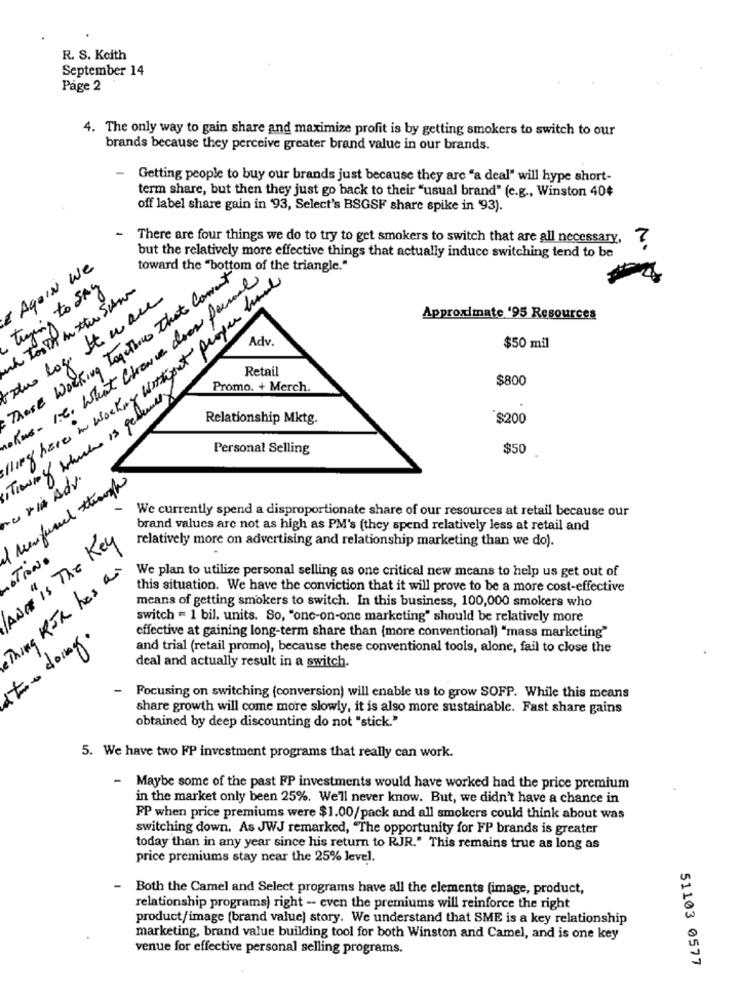
R. S. Keith
September 14
Page 2
4. The only way to gain share and maximize profit is by getting smokers to switch to our
brands because they perceive greater brand value in our brands.
Getting people to buy our brands just because they are "a deal" will hype short-
term share, but then they just go back to their "usual brand" (e.g ., Winston 40¢
off label share gain in '93, Select's BSGSF share spike in '93).
- There are four things we do to try to get smokers to switch that are all necessary,
but the relatively more effective things that actually induce switching tend to be
E AgeIN We
toward the "bottom of the triangle."
These Working Together That Comment
Kus- 1.6. What Chance does Personal
NO PP
trying to SAY
have in working without proper hand
-du logo It ware
Approximate '95 Resources
Adv.
$50 mil
Retail
$800
Promo. + Merch.
Thewing which is generaly
Relationship Mktg.
$200
Personal Selling
$50
nuria Adv.
Menfused though
We currently spend a disproportionate share of our resources at retail because our
brand values are not as high as PM's (they spend relatively less at retail and
Wa is The Key
relatively more on advertising and relationship marketing than we do).
STANO
Kg KIR has as
We plan to utilize personal selling as one critical new means to help us get out of
this situation. We have the conviction that it will prove to be a more cost-effective
means of getting smokers to switch. In this business, 100,000 smokers who
switch = 1 bil. units. So, "one-on-one marketing" should be relatively more
effective at gaining long-term share than (more conventional) "mass marketing"
and trial (retail promo), because these conventional tools, alone, fail to close the
deal and actually result in a switch.
- Focusing on switching (conversion) will enable us to grow SOFP. While this means
share growth will come more slowly, it is also more sustainable. Fast share gains
obtained by deep discounting do not "stick."
5. We have two FP investment programs that really can work.
- Maybe some of the past FP investments would have worked had the price premium
in the market only been 25%. We'll never know. But, we didn't have a chance in
FP when price premiums were $1.00/pack and all smokers could think about was
switching down. As JWJ remarked, "The opportunity for FP brands is greater
today than in any year since his return to RJR." This remains true as long as
price premiums stay near the 25% level.
Both the Camel and Select programs have all the elements (image, product,
relationship programs) right -- even the premiums will reinforce the right
product/image (brand value) story. We understand that SME is a key relationship
marketing, brand value building tool for both Winston and Camel, and is one key
venue for effective personal selling programs.
51103 0577